Problem: 32 + 14 = ?
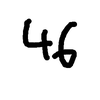
Handwritten answer: 46